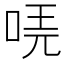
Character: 𠳟